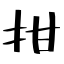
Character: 拑